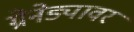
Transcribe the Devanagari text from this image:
ग्रेनेड्यावर